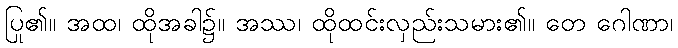
ပြု၏။ အထ၊ ထိုအခါ၌။ အဿ၊ ထိုထင်းလှည်းသမား၏။ တေ ဂေါဏာ၊